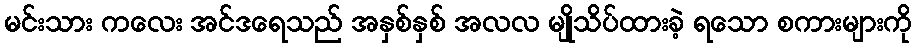
မင်းသား ကလေး အင်ဒရေသည် အနှစ်နှစ် အလလ မျိုသိပ်ထားခဲ့ ရသော စကားများကို